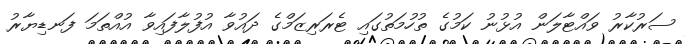
ސަރުކާރު ވައްޓާލަން އުޅުނު ކަމުގެ ތުހުމަތުގައި ޓެރަރިޒަމްގެ ދައުވާ އުފުލާފައިވާ އުއްތަމަ ފަނޑިޔާރު